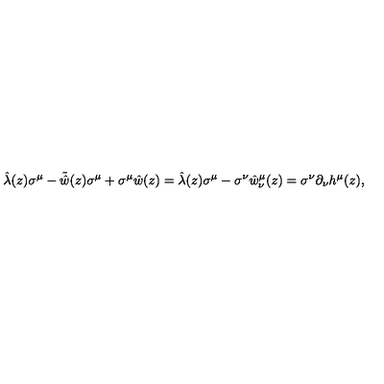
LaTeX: \hat { \lambda } ( z ) \sigma ^ { \mu } - \tilde { \hat { w } } ( z ) \sigma ^ { \mu } + \sigma ^ { \mu } \hat { w } ( z ) = \hat { \lambda } ( z ) \sigma ^ { \mu } - \sigma ^ { \nu } \hat { w } _ { \nu } ^ { \mu } ( z ) = \sigma ^ { \nu } \partial _ { \nu } h ^ { \mu } ( z ) ,